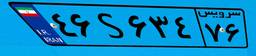
۴۶S۶۳۴۷۶